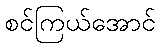
စင်ကြယ်အောင်